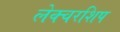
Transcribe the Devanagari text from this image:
लेक्चरशिप